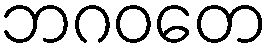
ဘဂဝတေ